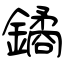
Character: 鐍